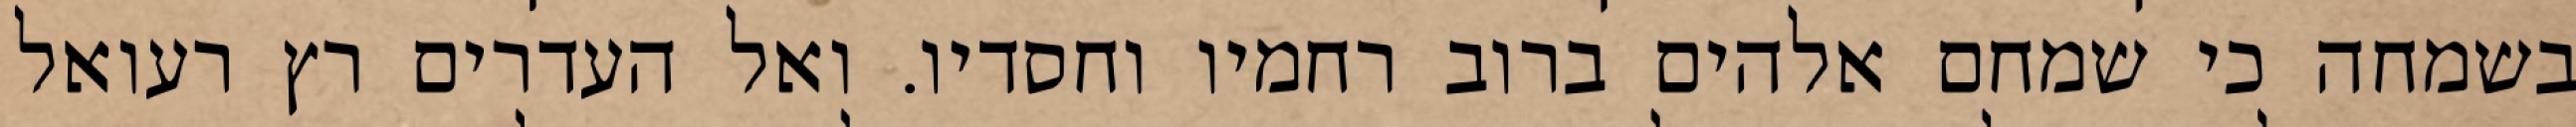
בשמחה כי שמחם אלהים ברוב רחמיו וחסדיו. ואל העדרים רץ רעואל